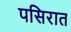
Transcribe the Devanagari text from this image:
पसिरात